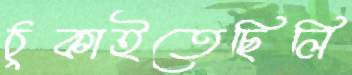
ঠুকাইতেছিলি